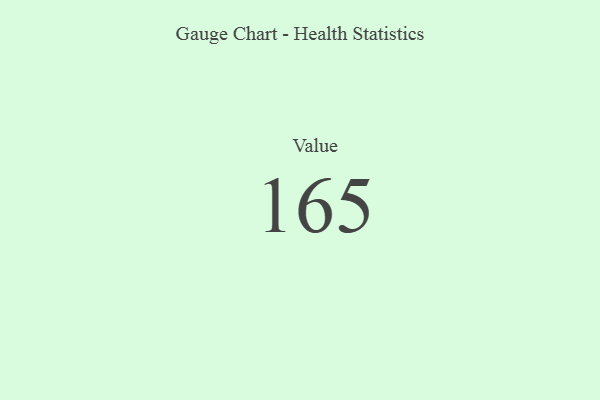
{"axis": {"x": "Metric", "y": "Value"}, "legend": [""], "data": [{"x": "Value", "y": 165, "type": ""}]}